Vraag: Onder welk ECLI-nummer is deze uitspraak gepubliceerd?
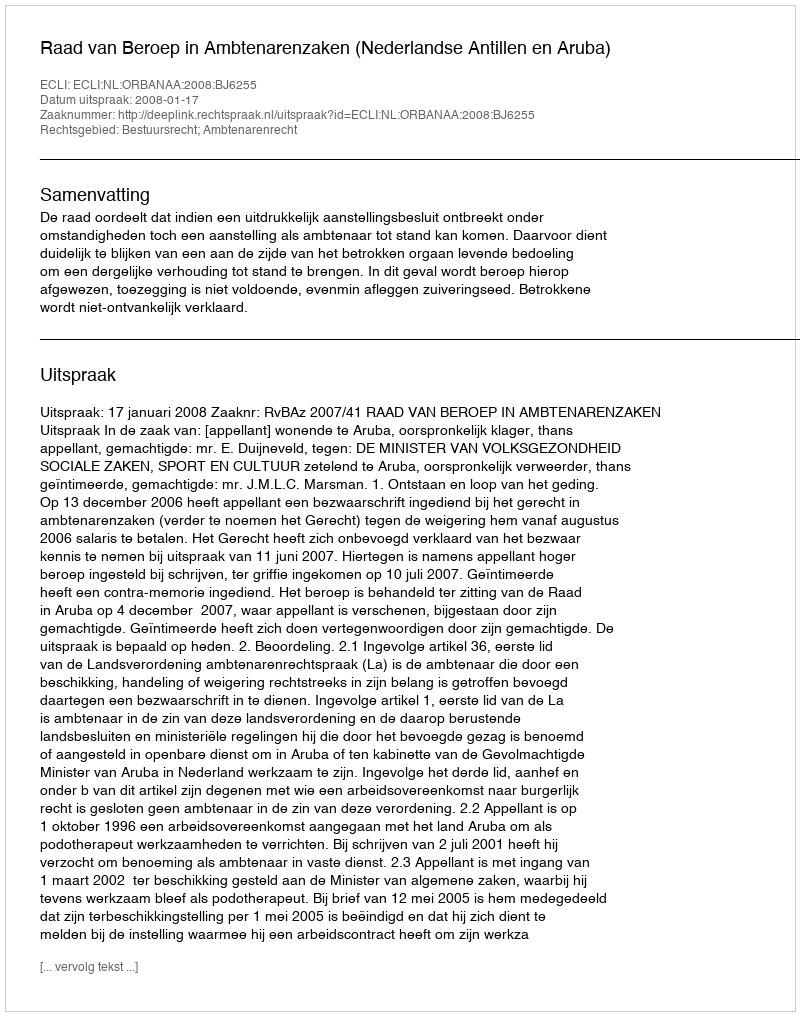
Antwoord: ECLI:NL:ORBANAA:2008:BJ6255